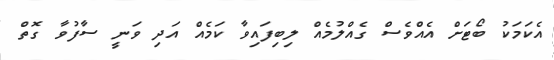
އެކަމަކު ބޯޓަށް އެއްވެސް ގެއްލުމެއް ލިބިފައިވާ ކަމެއް އަދި ވަނީ ސާފުވާ ގޮތް